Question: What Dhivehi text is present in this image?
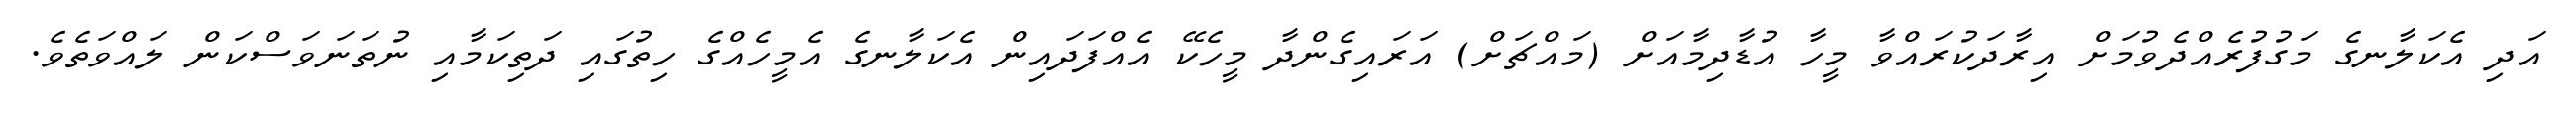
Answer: އަދި އެކަލާނގެ މަގުފުރެއްދެވުމަށް އިރާދަކުރައްވާ މީހާ އުޑާދިމާއަށް (މައްޗަށް) އަރައިގެންދާ މީހެކޭ އެއްފަދައިން އެކަލާނގެ އެމީހެއްގެ ހިތުގައި ދަތިކަމާއި ނުތަނަވަސްކަން ލައްވަތެވެ.